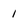
Character: 1